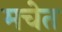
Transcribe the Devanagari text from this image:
मचेत